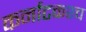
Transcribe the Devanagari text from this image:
कर्नाटकश्च